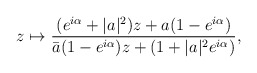
\begin{align*}z\mapsto \frac{(e^{i\alpha}+|a|^{2})z+a(1-e^{i\alpha})}{\bar{a}(1-e^{i\alpha})z+(1+|a|^{2}e^{i\alpha})},\end{align*}